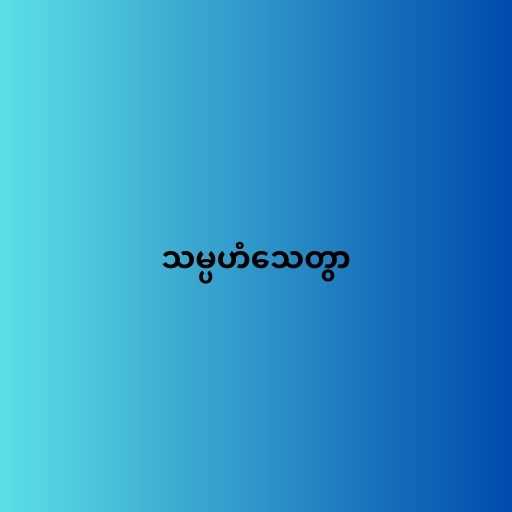
သမ္ပဟံသေတွာ